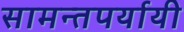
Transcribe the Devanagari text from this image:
सामन्तपर्यायी